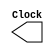
module ClockGen (Clock);
output Clock;
reg Clock;

initial
Clock = 0;

always
#1 Clock = ~Clock;

endmodule